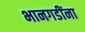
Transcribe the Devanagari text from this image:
भानगडींना